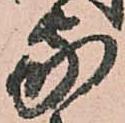
家